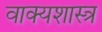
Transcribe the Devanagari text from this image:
वाक्यशास्त्र